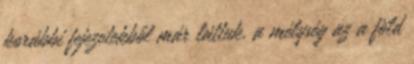
korábbi fejezetekből már láttuk, a mélység az a föld